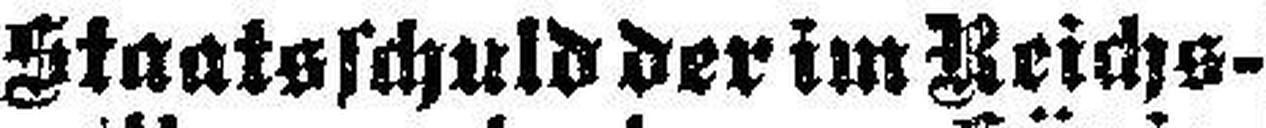
Staatsschuld der im Reichs¬